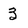
Character: 3